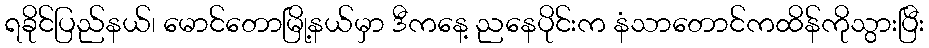
ရခိုင်ပြည်နယ်၊ မောင်တောမြို့နယ်မှာ ဒီကနေ့ ညနေပိုင်းက နံသာတောင်ကထိန်ကိုသွားပြီး